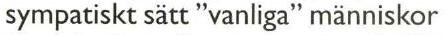
sympatiskt sätt "vanliga" människor